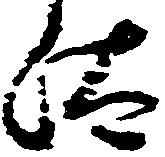
汰